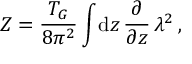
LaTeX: { \cal Z } = \frac { T _ { G } } { 8 \pi ^ { 2 } } \int \! \mathrm { d } z \, \frac { \partial } { \partial z } \, \lambda ^ { 2 } \, ,